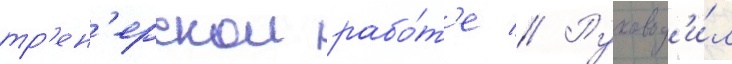
тр'ен'ерскои рабо́т'е // Руковод'и́л